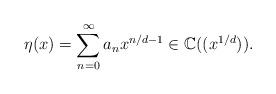
LaTeX: \begin{align*}\eta(x)=\sum_{n=0}^\infty a_nx^{n/d-1}\in\mathbb{C}((x^{1/d})).\end{align*}